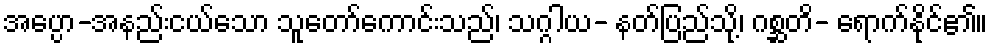
အပ္ပော-အနည်းငယ်သော သူတော်ကောင်းသည်၊ သဂ္ဂါယ- နတ်ပြည်သို့၊ ဂစ္ဆတိ- ရောက်နိုင်၏။